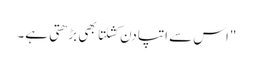
"اس سے اتپادن کشلتا بھی بڑھتی ہے۔